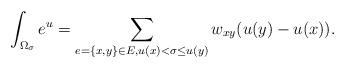
LaTeX: \begin{align*}\int_{\Omega_{\sigma}}e^u=\sum_{e=\{x,y\}\in E,u(x)<\sigma\leq u(y)}w_{xy}(u(y)-u(x)).\end{align*}